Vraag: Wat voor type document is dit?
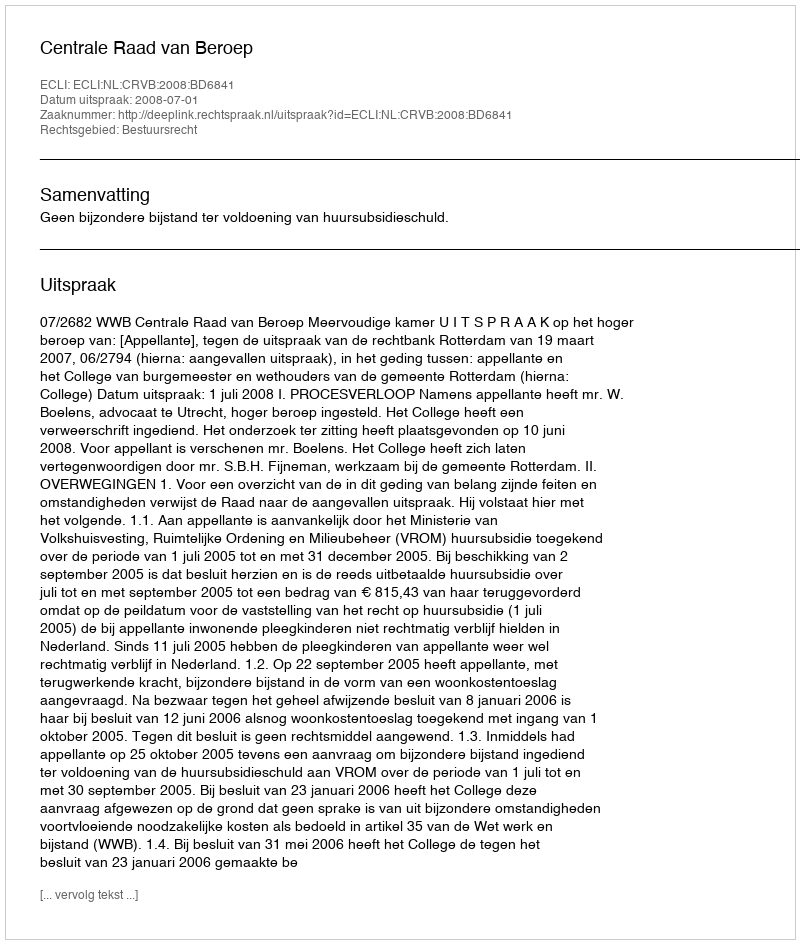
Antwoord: Uitspraak